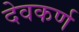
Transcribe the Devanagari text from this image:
देवकर्ण